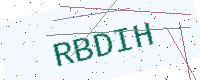
Text: RBDIH